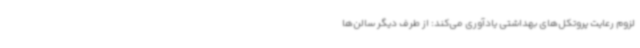
لزوم رعایت پروتکل‌های بهداشتی یادآوری می‌کند: از طرف دیگر سالن‌ها